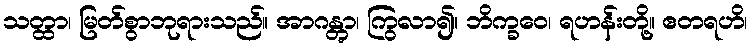
သတ္ထာ၊ မြတ်စွာဘုရားသည်။ အာဂန္တွာ၊ ကြွလာ၍။ ဘိက္ခဝေ၊ ရဟန်းတို့။ ဧတရဟိ၊